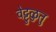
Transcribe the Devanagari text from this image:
वेट्टुळुतु